Punjab Mental Hospital Lahore 1932-46 - 1932-1946
Year: 1932
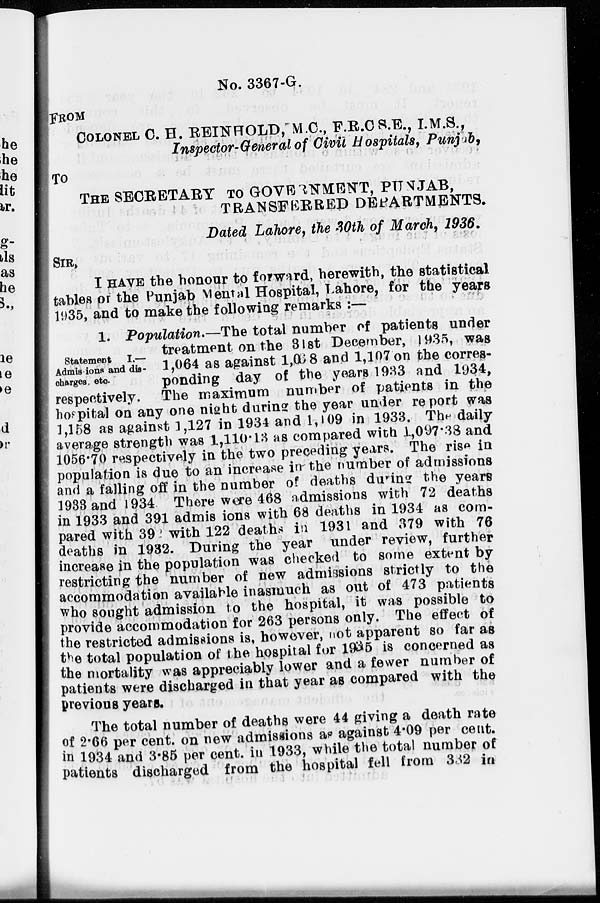
No. 3367-G.
FROM
COLONEL C. H. REINHOLD, M.C., F.R.C.S.E., I.M.S. ,
Inspector-General of Civil Hospitals, Punjab,
TO
THE SECRETARY TO GOVERNMENT, PUNJAB,
TRANSFERRED DEPARTMENTS.
Dated Lahore, the 30th of March, 1936.
SIR,
I HAVE the honour to forward, herewith, the statistical
tables or the Punjab Mental Hospital, Lahore, for the years
1935, and to make the following remarks :—
Statement
I.—
Admissions and dis-
charges. etc.
1. Population.—The total number of patients under
treatment on the 31st December, 1935, was
1,064 as against l,068 and 1,107 on the corres-
ponding day of the years 1933 and 1934,
respectively. The maximum number of patients in the
hospital on any one night during the year under report was
1,158 as against 1,127 in 1934 and 1,109 in 1933. The daily
average strength was 1,110.13 as compared with 1,097.38 and
1056.70 respectively in the two preceding years. The rise in
population is due to an increase in the number of admissions
and a falling off in the number of deaths during the years
1933 and 1934. There were 468 admissions with 72 deaths
in 1933 and 391 admis ions with 68 deaths in 1934 as com-
pared with 392 with 122 deaths in 1931 and 379 with 76
deaths in 1932. During the year under review, further
increase in the population was checked to some extent by
restricting the number of new admissions strictly to the
accommodation available inasmuch as out of 473 patients
who sought admission to the hospital, it was possible to
provide accommodation for 263 persons only. The effect of
the restricted admissions is, however, not apparent so far as
the total population of the hospital for 1935 is concerned as
the mortality was appreciably lower and a fewer number of
patients were discharged in that year as compared with the
previous years.
The total number of deaths were 44 giving a death rate
of 2.66 per cent. on new admissions as against 4.09 per cent.
in 1934 and 3.85 per cent. in 1933, while the total number of
patients discharged from the hospital fell from 332 in